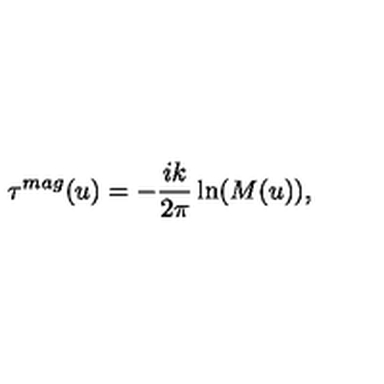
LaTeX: \tau ^ { m a g } ( u ) = - \frac { i k } { 2 \pi } \ln ( M ( u ) ) ,